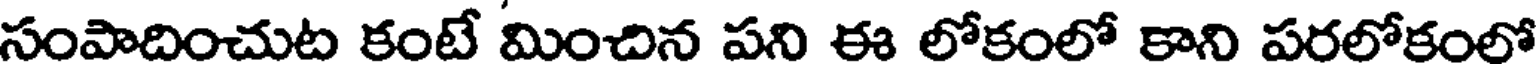
సంపాదించుట కంటే మించిన పని ఈ లోకంలో కాని పరలోకంలో